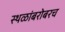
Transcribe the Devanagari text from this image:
स्थळांबरोबरच